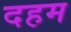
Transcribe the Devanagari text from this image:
दहम